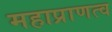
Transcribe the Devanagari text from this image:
महाप्राणत्व